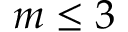
m \leq 3